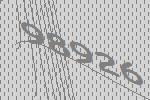
98926